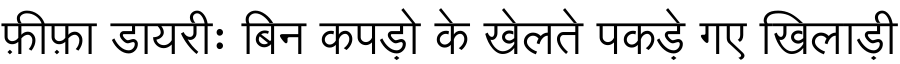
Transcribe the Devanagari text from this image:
फ़ीफ़ा डायरीः बिन कपड़ो के खेलते पकड़े गए खिलाड़ी